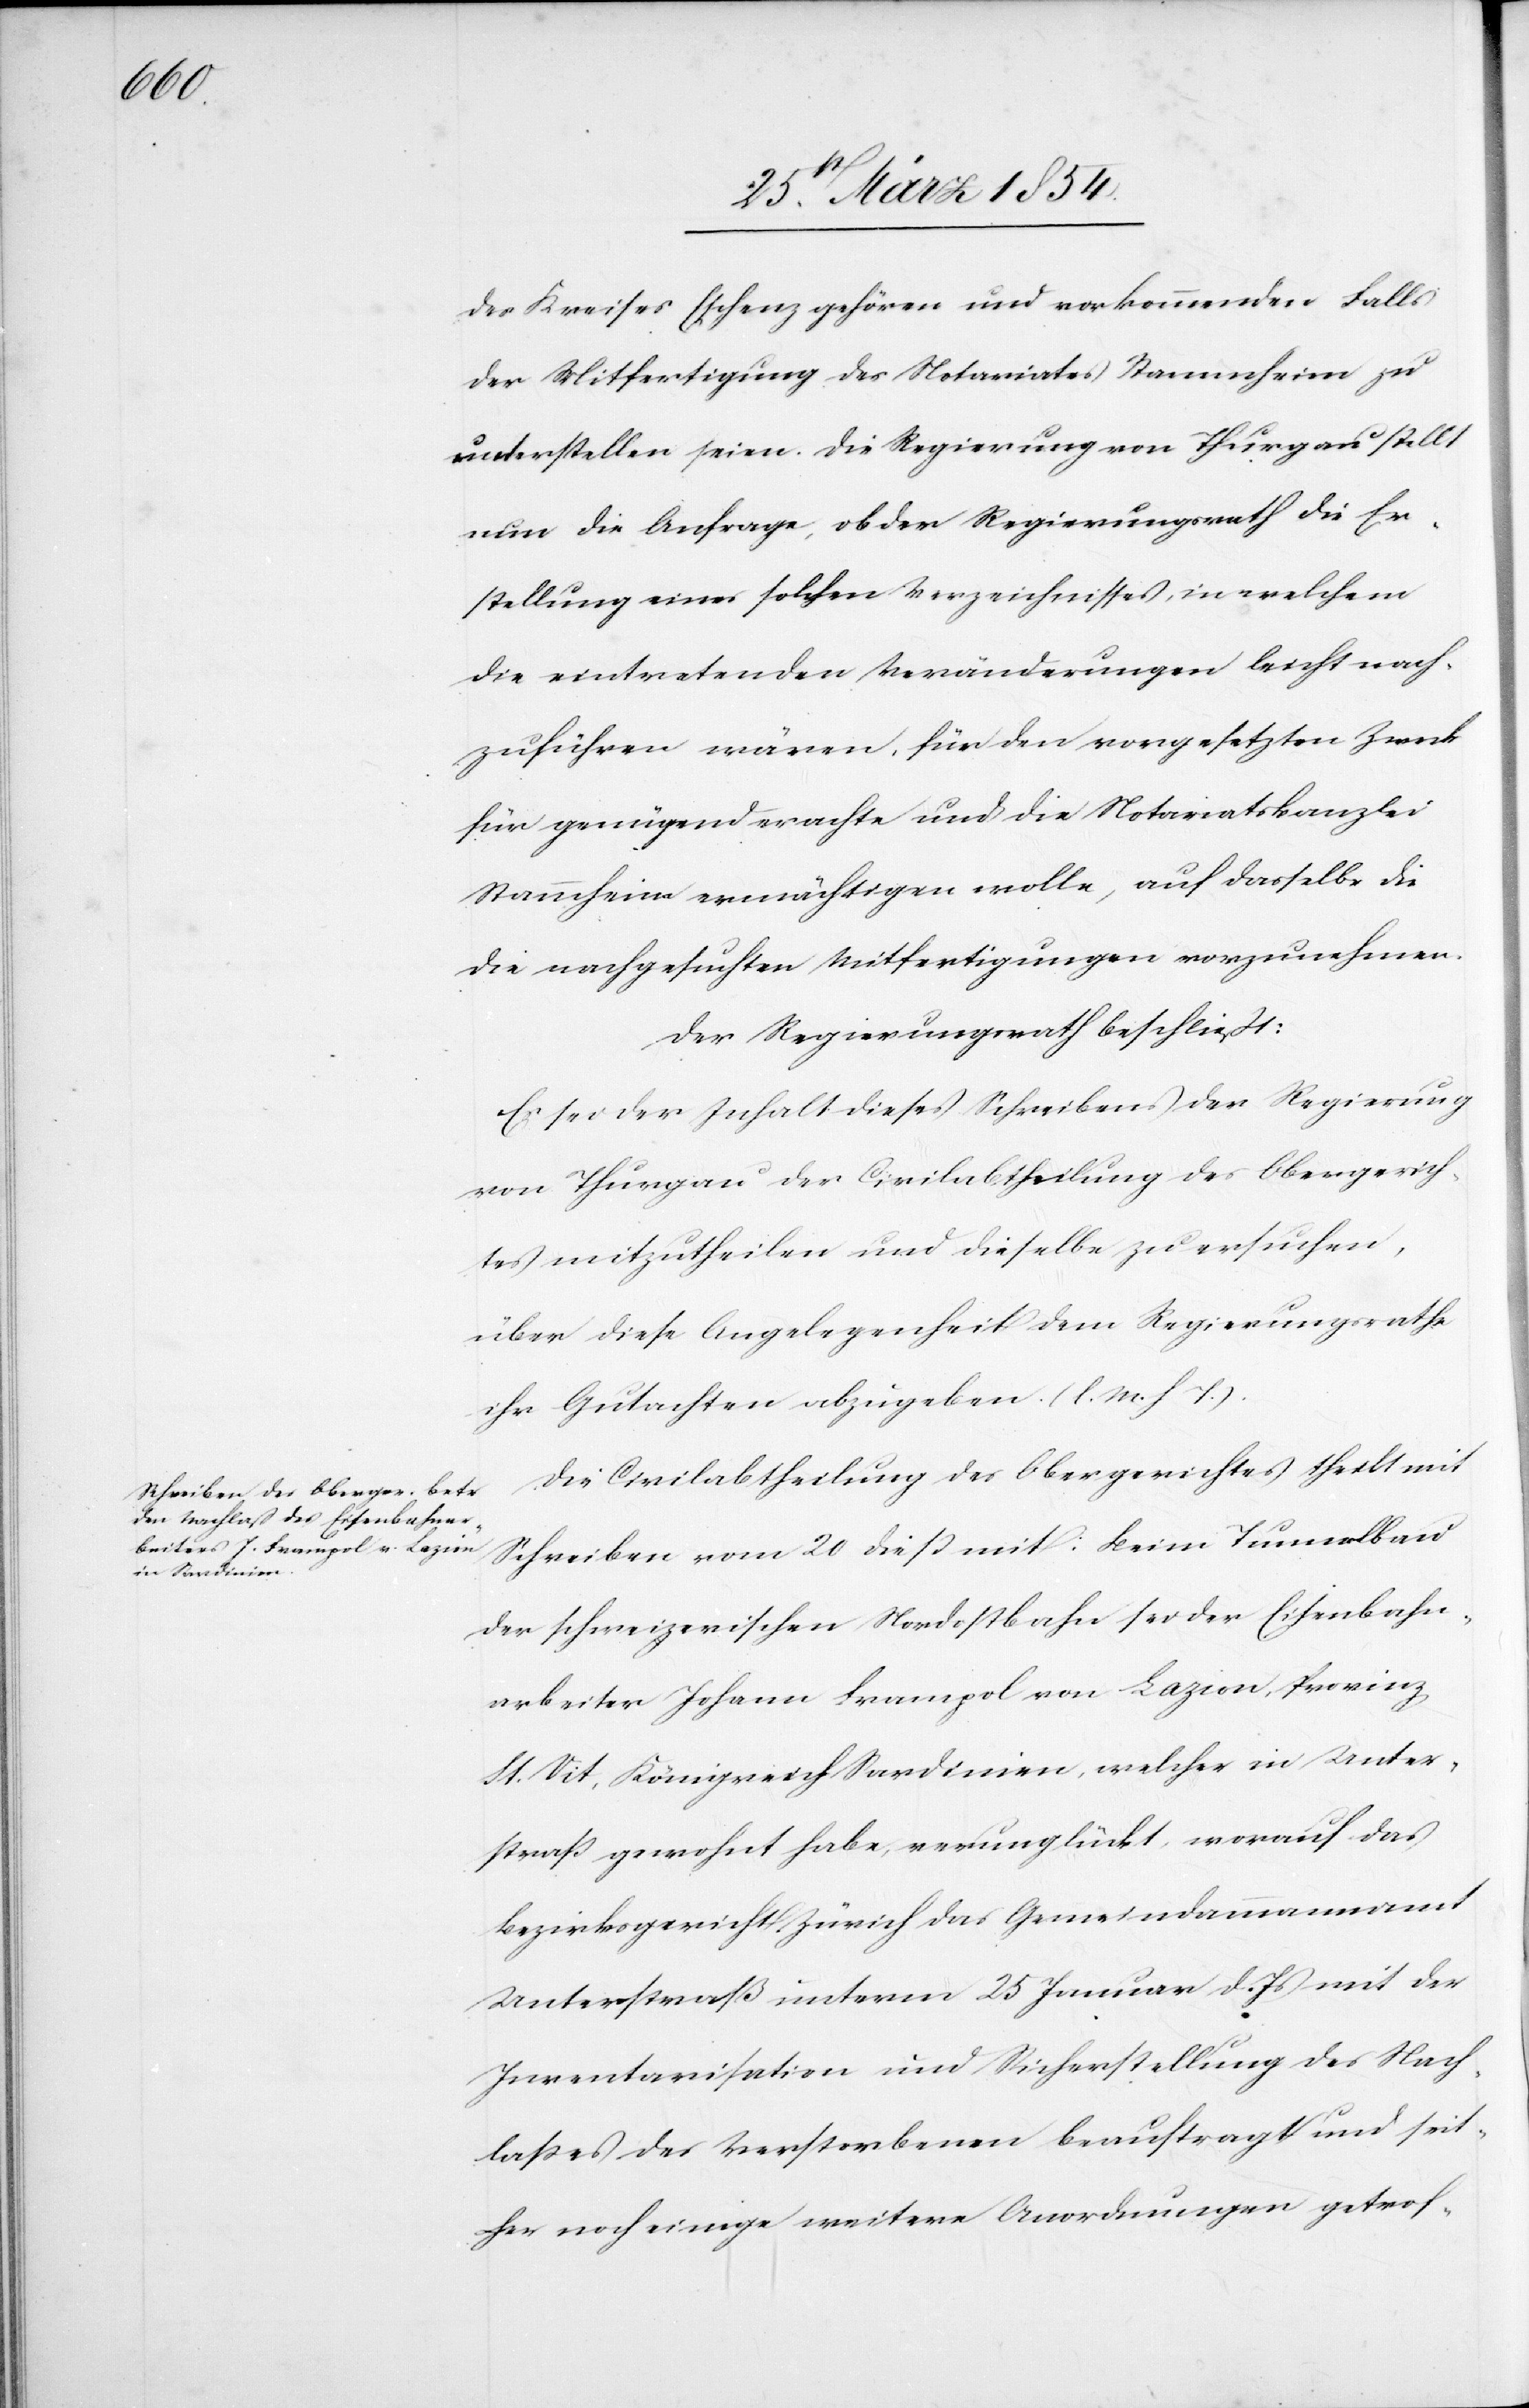
des Kreises Eschenz gehören und vorkommenden Falls
der Mitfertigung des Notariates Stammheim zu
unterstellen seien. Die Regierung von Thurgau stellt
nun die Anfrage, ob der Regierungsrath die Er¬
stellung eines solchen Verzeichnisses, in welchem
die eintretenden Veränderungen leicht nach¬
zuführen wären, für den vorgesetzten Zweck
für genügend erachte und die Notariatskanzlei
Stammheim ermächtigen wolle, auf dasselbe
die nachgesuchten Mitfertigungen vorzunehmen.
Der Regierungsrath beschließt:
Es sei der Inhalt dieses Schreiben der Regierung
von Thurgau der Civilabtheilung des Obergerich¬
tes mitzutheilen und dieselbe zu ersuchen,
über diese Angelegenheit dem Regierungsrathe
ihr Gutachten abzugeben. (l. M. h. T.)
Die Civilabtheilung des Obergerichtes theilt mit
Schreiben vom 20 dieß mit: Beim Tunnelbau
der schweizerischen Nordostbahn sei der Eisenbahn¬
arbeiter Johann Frampol von Laizion, Provinz
St. Vit, Königreich Sardinien, welcher in Unter¬
straß gewohnt habe, verunglückt, worauf das
Bezirksgericht Zürich das Gemeindsammannamt
Unterstraß unterm 25 Januar d. Js mit der
Inventarisation und Sicherstellung des Nach¬
laßes des Verstorbenen beauftragt und seit¬
her noch einige weitere Anordnungen getrof-